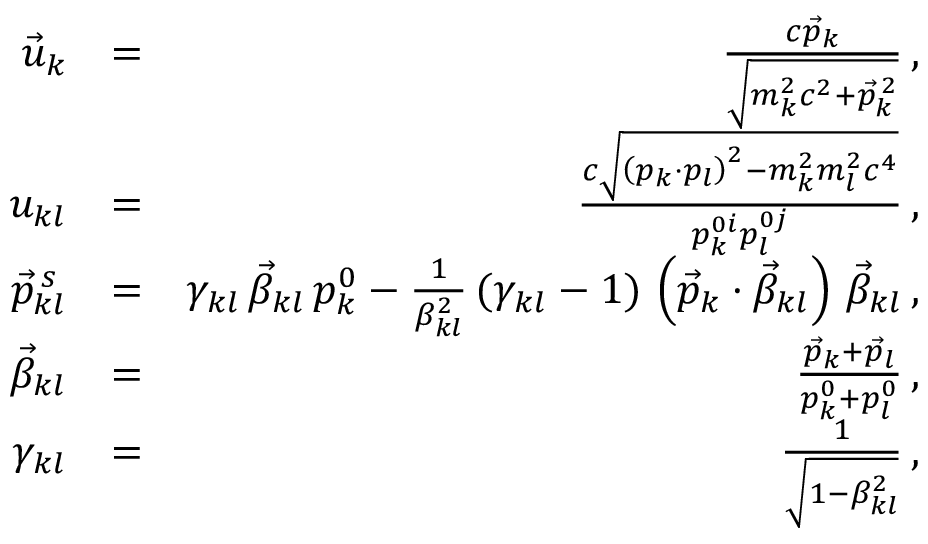
\begin{array} { r l r } { \vec { u } _ { k } } & { = } & { \frac { c \vec { p } _ { k } } { \sqrt { m _ { k } ^ { 2 } c ^ { 2 } + \vec { p } _ { k } ^ { \, 2 } } } \, , } \\ { u _ { k l } } & { = } & { \frac { c \sqrt { \left( p _ { k } \cdot p _ { l } \right) ^ { 2 } - m _ { k } ^ { 2 } m _ { l } ^ { 2 } c ^ { 4 } } } { p _ { k } ^ { 0 i } p _ { l } ^ { 0 j } } \, , } \\ { \vec { p } _ { k l } ^ { \, s } } & { = } & { \gamma _ { k l } \, \vec { \beta } _ { k l } \, p _ { k } ^ { 0 } - \frac { 1 } { \beta _ { k l } ^ { 2 } } \, ( \gamma _ { k l } - 1 ) \, \left( \vec { p } _ { k } \cdot \vec { \beta } _ { k l } \right) \, \vec { \beta } _ { k l } \, , } \\ { \vec { \beta } _ { k l } } & { = } & { \frac { \vec { p } _ { k } + \vec { p } _ { l } } { p _ { k } ^ { 0 } + p _ { l } ^ { 0 } } \, , } \\ { \gamma _ { k l } } & { = } & { \frac { 1 } { \sqrt { 1 - \beta _ { k l } ^ { 2 } } } \, , } \end{array}